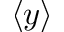
\langle y \rangle